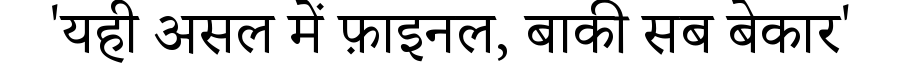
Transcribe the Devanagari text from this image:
'यही असल में फ़ाइनल, बाकी सब बेकार'